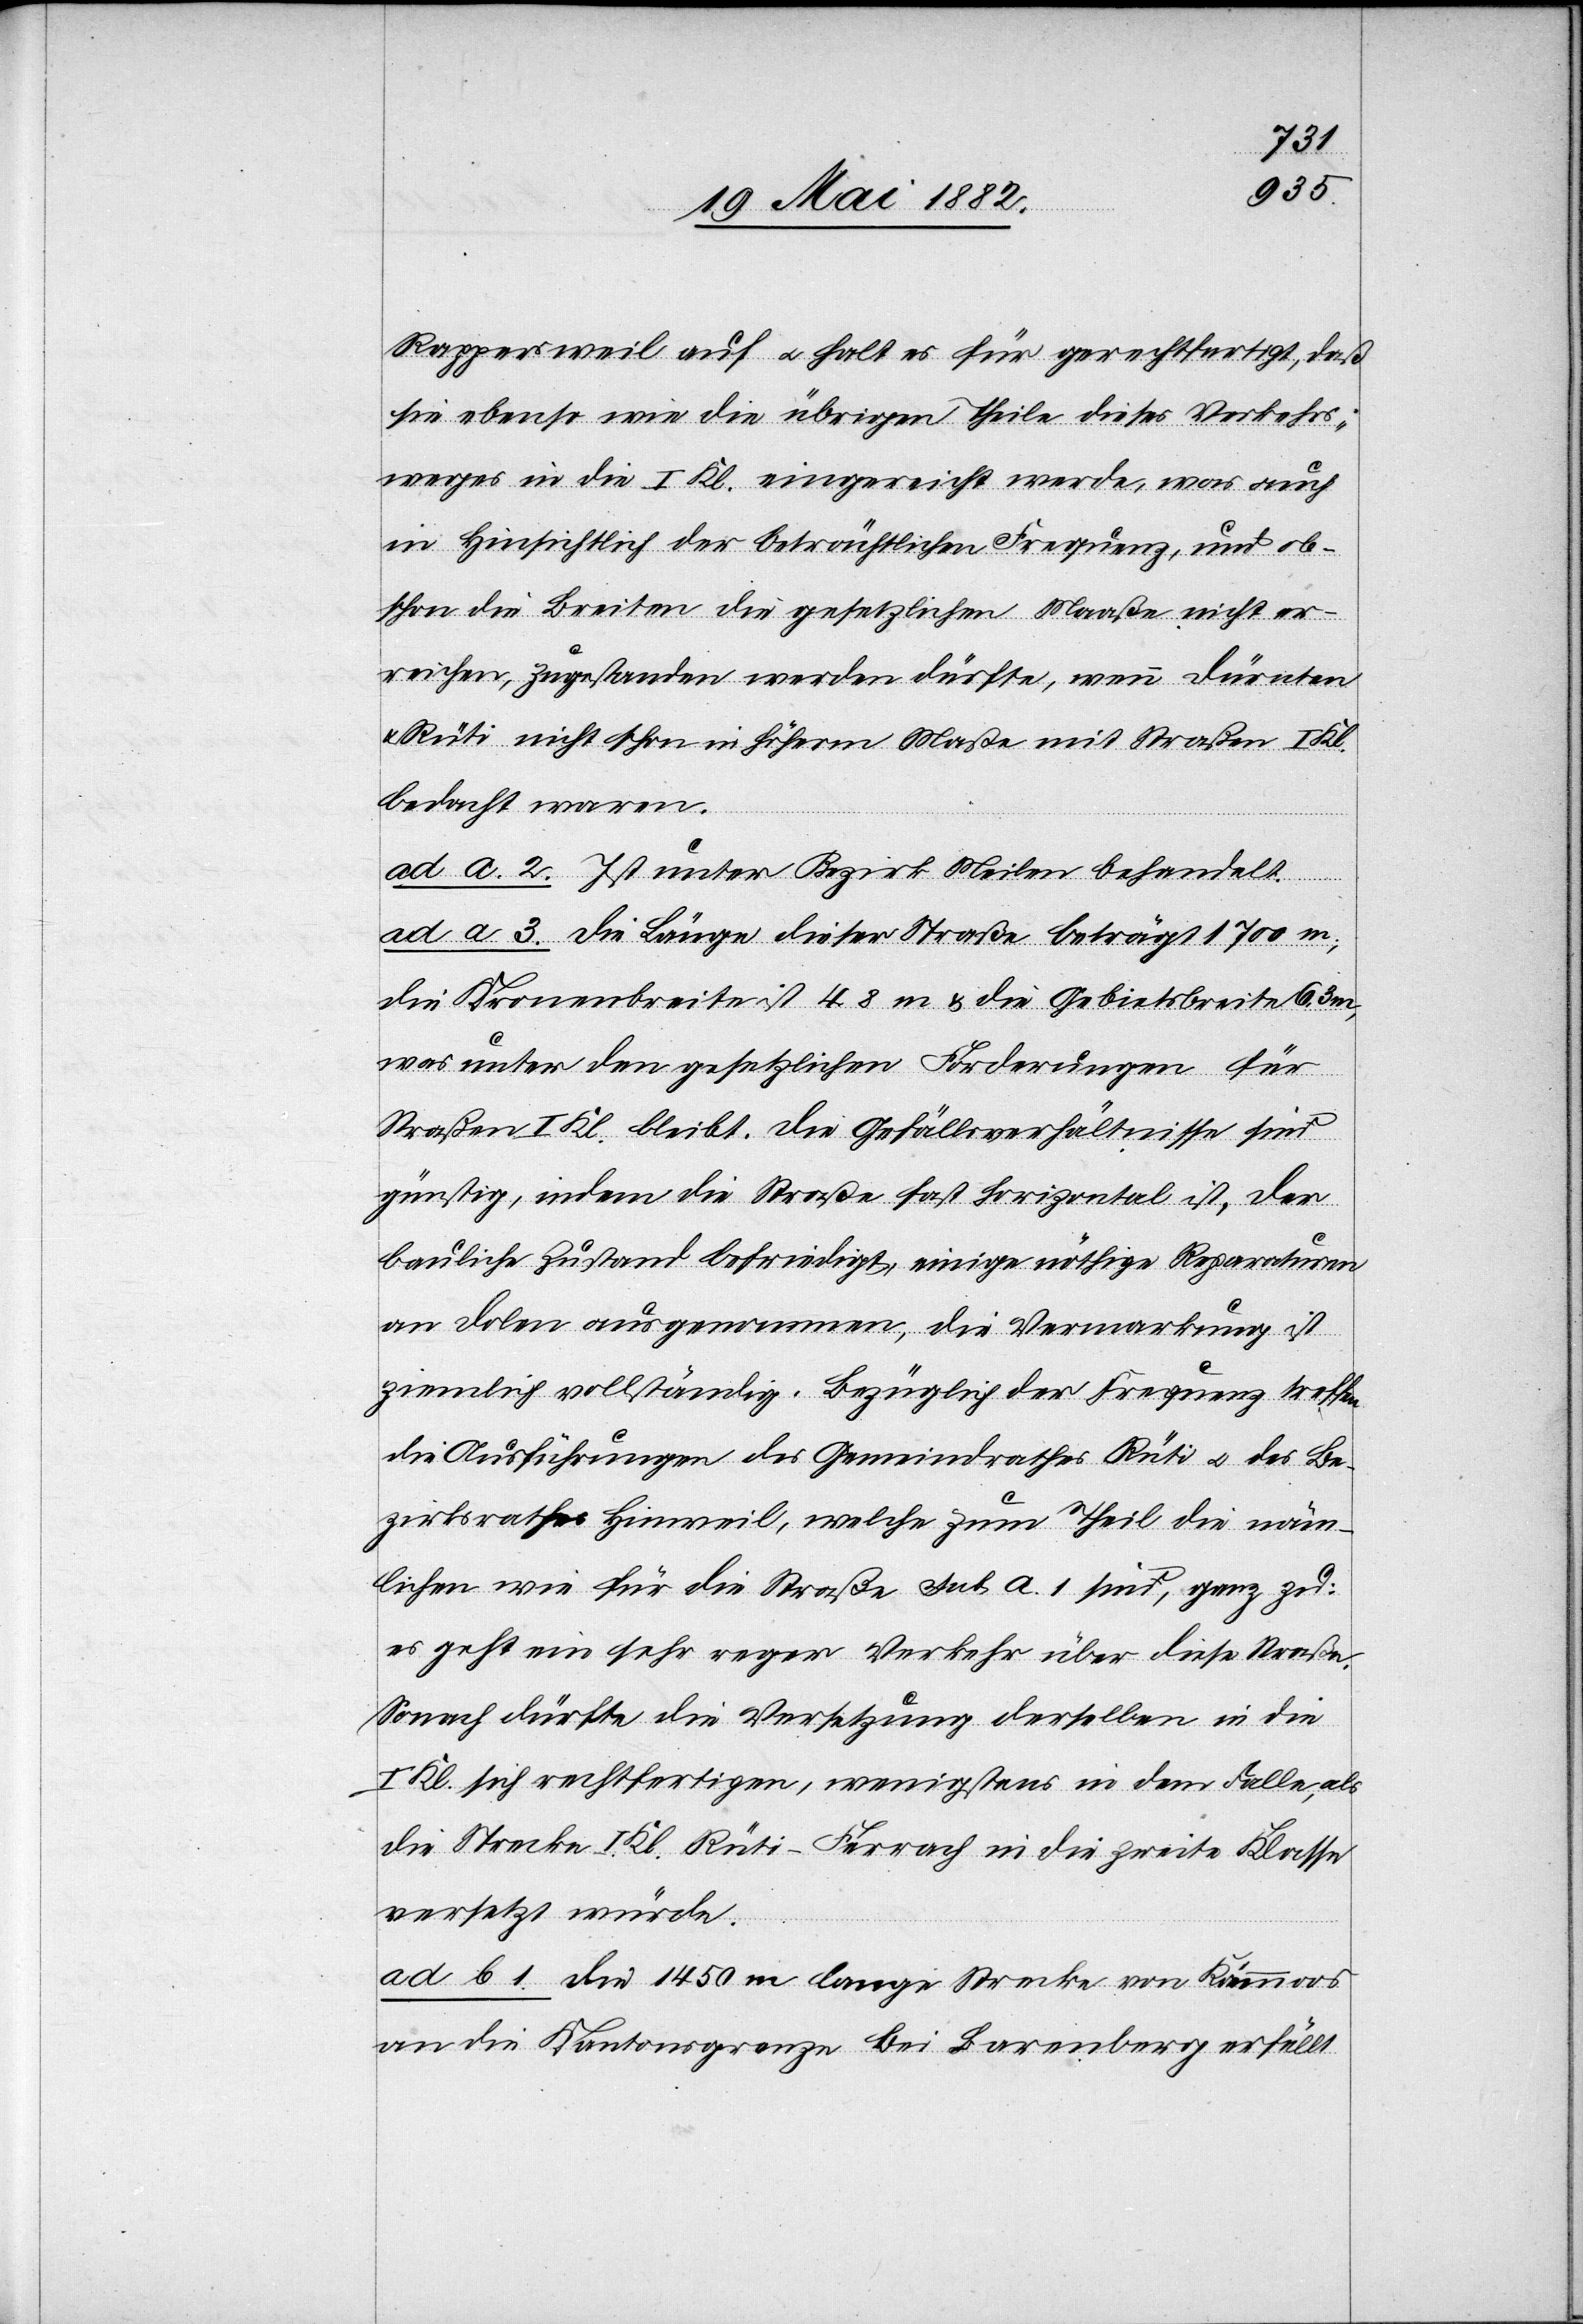
Rappersweil auf u. hält es für gerechtfertigt, daß
sie ebenso wie die übrigen Theile dieses Verkehrs¬
weges in die I. Kl. eingereicht werde, was auch
in hinsichtlich [sic!] der beträchtlichen Frequenz, und ob¬
schon die Breiten die gesetzlichen Maaße nicht er¬
reichen, zugestanden werden dürfte, wenn Dürnten
Rüti nicht schon in höherm Maße mit Straßen I. Kl.
bedacht wären.
ad a. 2. Ist unter Bezirk Meilen behandelt.
ad a. 3. Die Länge dieser Straße beträgt 1700 m;
die Kronenbreite ist 4.8 m & die Gebietsbreite 6.3
was unter den gesetzlichen Forderungen für
Straßen I. Kl. bleibt. Die Gefällsverhältnisse sind
günstig, indem die Straße fast horizontal ist. Der
bauliche Zustand befriedigt, einige nöthige Reparaturen
an Dolen ausgenommen, die Vermarkung ist
ziemlich vollständig. Bezüglich der Frequenz treffen
die Ausführungen des Gemeindrathes Rüti u. des Be¬
zirksrathes Hinweil, welche zum Theil die näm¬
lichen wie für die Straße sub a. 1. sind, ganz zu:
es geht ein sehr reger Verkehr über diese Straße.
Sonach dürfte die Versetzung derselben in die
Kl. sich rechtfertigen, wenigstens in dem Falle, als
die Strecke I. Kl. Rüti–Ferrach in die zweite Klasse
versetzt würde.
ad b. 1. Die 1450 m lange Strecke von Kämmoos
an die Kantonsgrenze bei Barenberg erfüllt